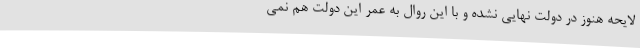
لایحه هنوز در دولت نهایی نشده و با این روال به عمر این دولت هم نمی